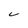
Character: C